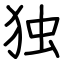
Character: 独